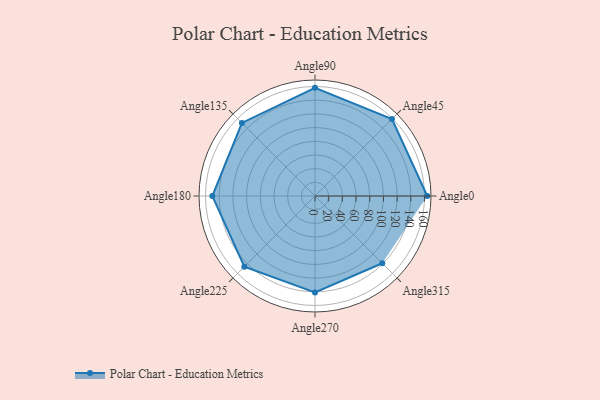
{"axis": {"x": "Angle", "y": "Radius"}, "legend": [""], "data": [{"x": "Angle0", "y": 164.0, "type": ""}, {"x": "Angle45", "y": 159.0, "type": ""}, {"x": "Angle90", "y": 158.0, "type": ""}, {"x": "Angle135", "y": 151.0, "type": ""}, {"x": "Angle180", "y": 150.0, "type": ""}, {"x": "Angle225", "y": 146.0, "type": ""}, {"x": "Angle270", "y": 141.0, "type": ""}, {"x": "Angle315", "y": 139.0, "type": ""}]}